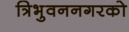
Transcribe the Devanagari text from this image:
त्रिभुवननगरको